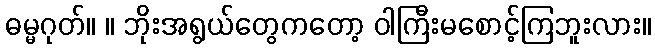
ဓမ္မဂုတ်။ ။ ဘိုးအရွယ်တွေကတော့ ဝါကြီးမစောင့်ကြဘူးလား။